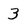
Character: 3